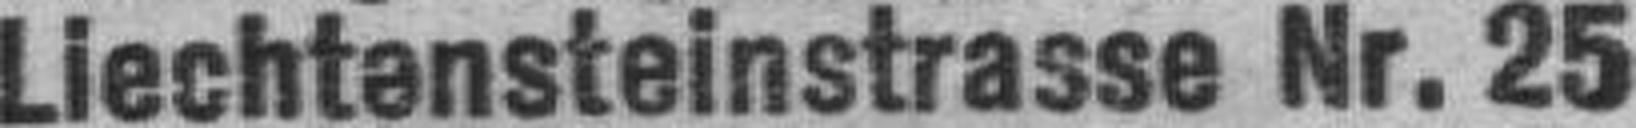
Liechtensteinstrasse Nr. 25